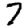
Digit: 7